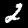
Digit: 2